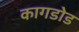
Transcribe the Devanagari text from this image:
कागडोड